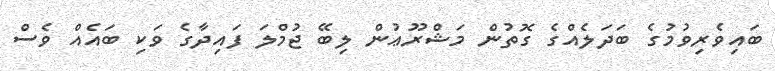
ބައިވެރިވުމުގެ ބަދަލެއްގެ ގޮތުން މަޝްރޫޢުން ލިބޭ ޖުމްލަ ފައިދާގެ ވަކި ބައެއް ވެސް